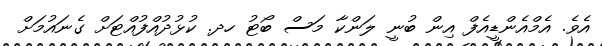
އެވެ. އެމްއެންޑީއެފް އިން ބުނީ ލަންކާ މަސް ބޯޓު ހދ. ކުޅުދުއްފުއްޓަށް ގެނައުމަށް